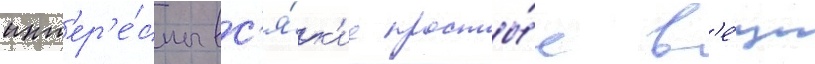
инт'ер'е́сны вс'я́к'ие просты́е в'е́щи